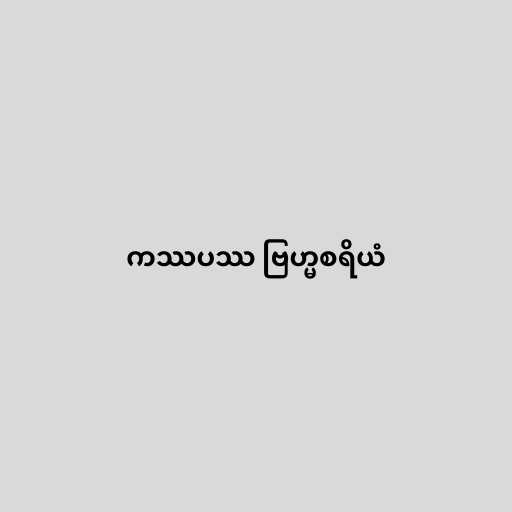
ကဿပဿ ဗြဟ္မစရိယံ